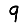
Digit: 9